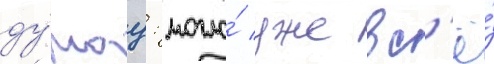
ду́мау: могло́ уже вс'ё́